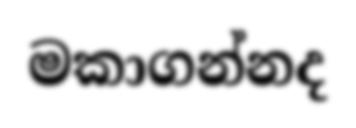
මකාගන්නද